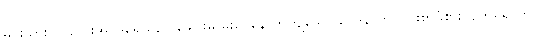
မင်းသား ကလေးအင်ဒရေသည် ခေါင်းမှ မူးဝေနောက်ကျိသော ဝေဒနာကို ပြင်းစွာခံစားလျက်ရှိရာက